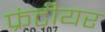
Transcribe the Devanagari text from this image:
फ्रंटीयर